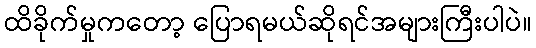
ထိခိုက်မှုကတော့ ပြောရမယ်ဆိုရင်အများကြီးပါပဲ။